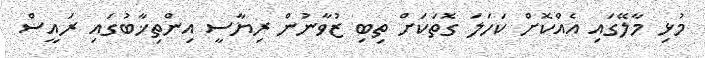
މުޅި މާލޭގައި އެއްކޮށް ކަހަލަ ގޮތަކަށް ތިބި ޒުވާނުން ރިޔާސީ އިންތިޚާބުގައި ރައީސް